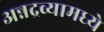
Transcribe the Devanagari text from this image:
अन्नद्रव्यामध्ये